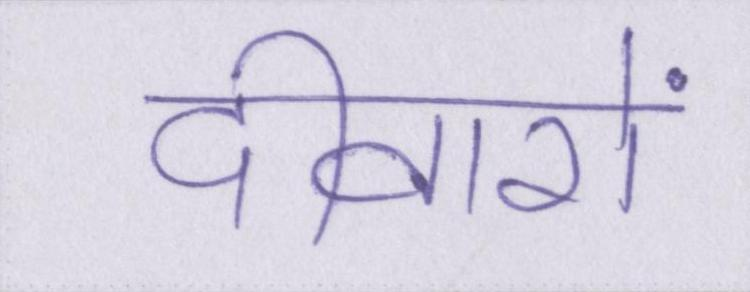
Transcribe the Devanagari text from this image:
दीवारों